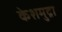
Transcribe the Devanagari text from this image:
केशमुद्रा